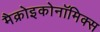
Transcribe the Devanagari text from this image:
मैक्रोइकोनॉमिक्स